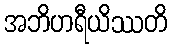
အဘိဟရီယိဿတိ